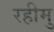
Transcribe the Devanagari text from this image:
रहीमु